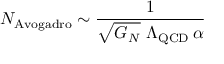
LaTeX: N _ { \mathrm { A v o g a d r o } } \sim { \frac { 1 } { \sqrt { G _ { N } } \ \Lambda _ { \mathrm { Q C D } } \, \alpha } }